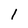
Character: 1